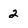
Character: 2